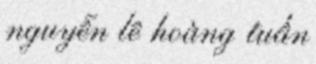
nguyễn lê hoàng tuấn